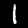
Label: 1